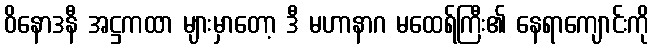
ဝိနောဒနီ အဋ္ဌကထာ များမှာတော့ ဒီ မဟာနာဂ မထေရ်ကြီး၏ နေရာကျောင်းကို